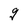
Character: g